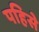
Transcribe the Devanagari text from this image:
पहिसे